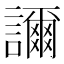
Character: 𧭉